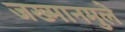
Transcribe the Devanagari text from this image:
जख्मानमुले